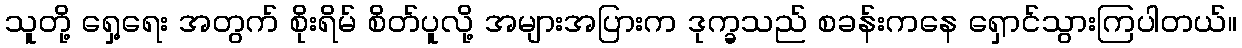
သူတို့ ရှေ့ရေး အတွက် စိုးရိမ် စိတ်ပူလို့ အများအပြားက ဒုက္ခသည် စခန်းကနေ ရှောင်သွားကြပါတယ်။